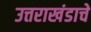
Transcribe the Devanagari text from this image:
उत्तराखंडाचे